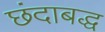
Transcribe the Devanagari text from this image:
छंदाबद्ध